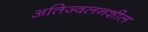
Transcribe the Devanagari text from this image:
अतिज्वलनशील